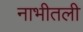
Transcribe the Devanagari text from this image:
नाभीतली